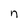
Character: n